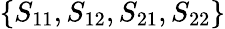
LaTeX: \{ S_{11},S_{12},S_{21},S_{22}\}